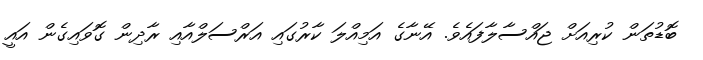
ބޮޑުތަން ކުރިއަށް ޖައްސާލާފައެވެ. އޭނާގެ އަމިއްލަ ކާރުގައި އަރްސަލްއާއި ރާދިން ގޮވައިގެން އައީ